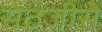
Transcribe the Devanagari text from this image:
सेठजीसे